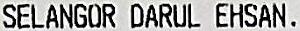
SELANGOR DARUL EHSAN.